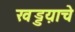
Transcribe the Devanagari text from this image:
खड्डय़ाचे